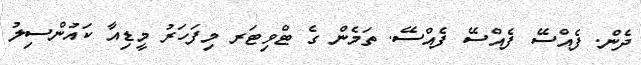
ދެން. ފެއްސޭ ފެއްސޭ ފެއްސޭ. ތަމެން ގެ ޓްވިޓަރ މިފަހަރު މީޑިއާ ކައުންސިލު